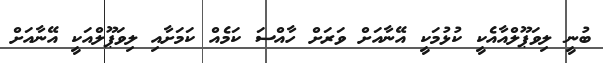
ބުނީ ލިވަޕޫލްއާއެކީ ކުޅުމަކީ އޭނާއަށް ވަރަށް ހާއްސަ ކަމެއް ކަމަށާއި ލިވަޕޫލްއަކީ އޭނާއަށް